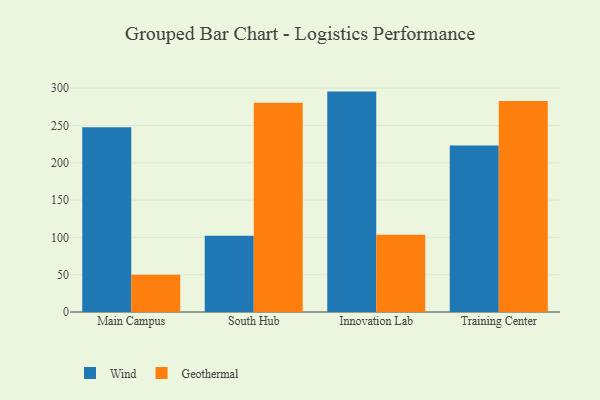
{"axis": {"x": "Campus", "y": "Headcount"}, "legend": ["Geothermal", "Wind"], "data": [{"x": "Main Campus", "y": 247.5, "type": "Wind"}, {"x": "Main Campus", "y": 50.0, "type": "Geothermal"}, {"x": "South Hub", "y": 102.3, "type": "Wind"}, {"x": "South Hub", "y": 280.5, "type": "Geothermal"}, {"x": "Innovation Lab", "y": 295.4, "type": "Wind"}, {"x": "Innovation Lab", "y": 103.6, "type": "Geothermal"}, {"x": "Training Center", "y": 223.1, "type": "Wind"}, {"x": "Training Center", "y": 282.9, "type": "Geothermal"}]}